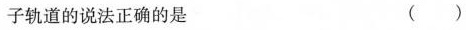
子轨道的说法正确的是 ()